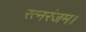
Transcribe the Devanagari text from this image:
रत्नरंजम।